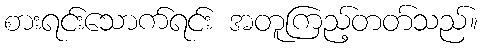
စားရင်းသောက်ရင်း အတူကြည့်တတ်သည်။